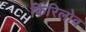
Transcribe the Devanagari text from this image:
किरिलोव